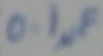
Text: 0.1µF